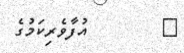
٤        އުފާވެރިކަމުގެ